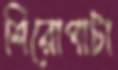
শিরোপাটা